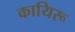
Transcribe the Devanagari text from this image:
कायिरू